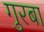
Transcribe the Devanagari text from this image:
गुरबा